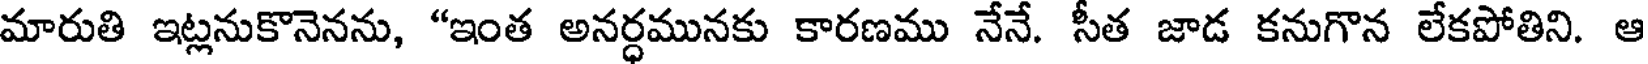
మారుతి ఇట్లనుకొనెనను, "ఇంత అనర్ధమునకు కారణము నేనే. సీత జాడ కనుగొన లేకపోతిని. ఆ